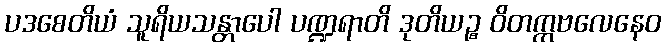
ပဒစေတိယံ သူရိယသန္တာပေါ ပဏ္ဍရာတိ ဒုတိယဉ္စ ဝိတက္ကဗလေနေဝ